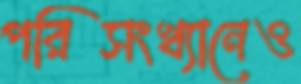
পরিসংখ্যানেও